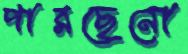
পারছেনো